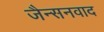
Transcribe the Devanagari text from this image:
जैन्सनवाद